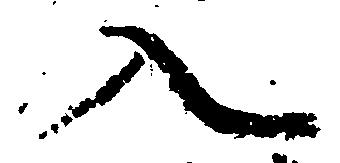
入